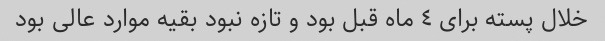
خلال پسته برای ٤ ماه قبل بود و تازه نبود بقیه موارد عالی بود